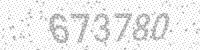
Solution: 673780